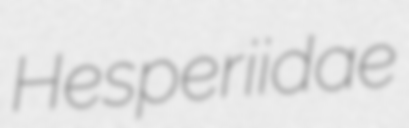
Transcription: Hesperiidae